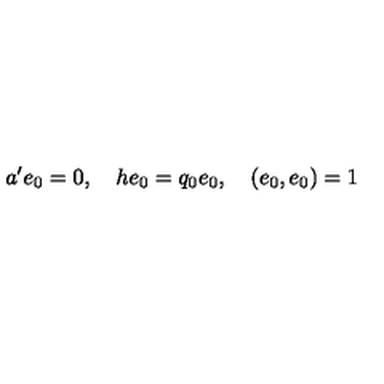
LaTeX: a ^ { \prime } e _ { 0 } = 0 , \quad h e _ { 0 } = q _ { 0 } e _ { 0 } , \quad ( e _ { 0 } , e _ { 0 } ) = 1